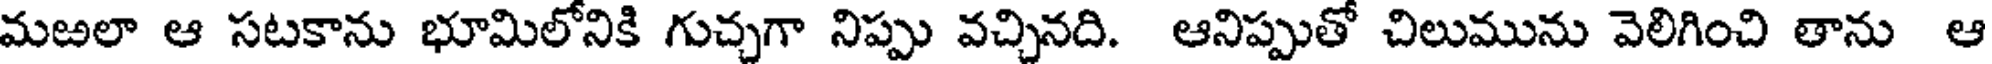
మఱలా ఆ సటకాను భూమిలోనికి గుచ్చగా నిప్పు వచ్చినది. ఆనిప్పుతో చిలుమును వెలిగించి తాను ఆ